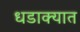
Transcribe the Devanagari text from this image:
धडाक्‍यात